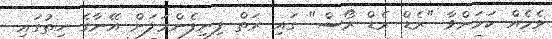
ޅެމެއް ކަމަށްވާ "ރެޑް ރެޑް ރޯސް" ގައި ރަތް ފިނިފެންމަލަށް އޭނާގެ ހިތުގައި